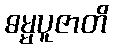
ဓမ္မပူဇာတိ